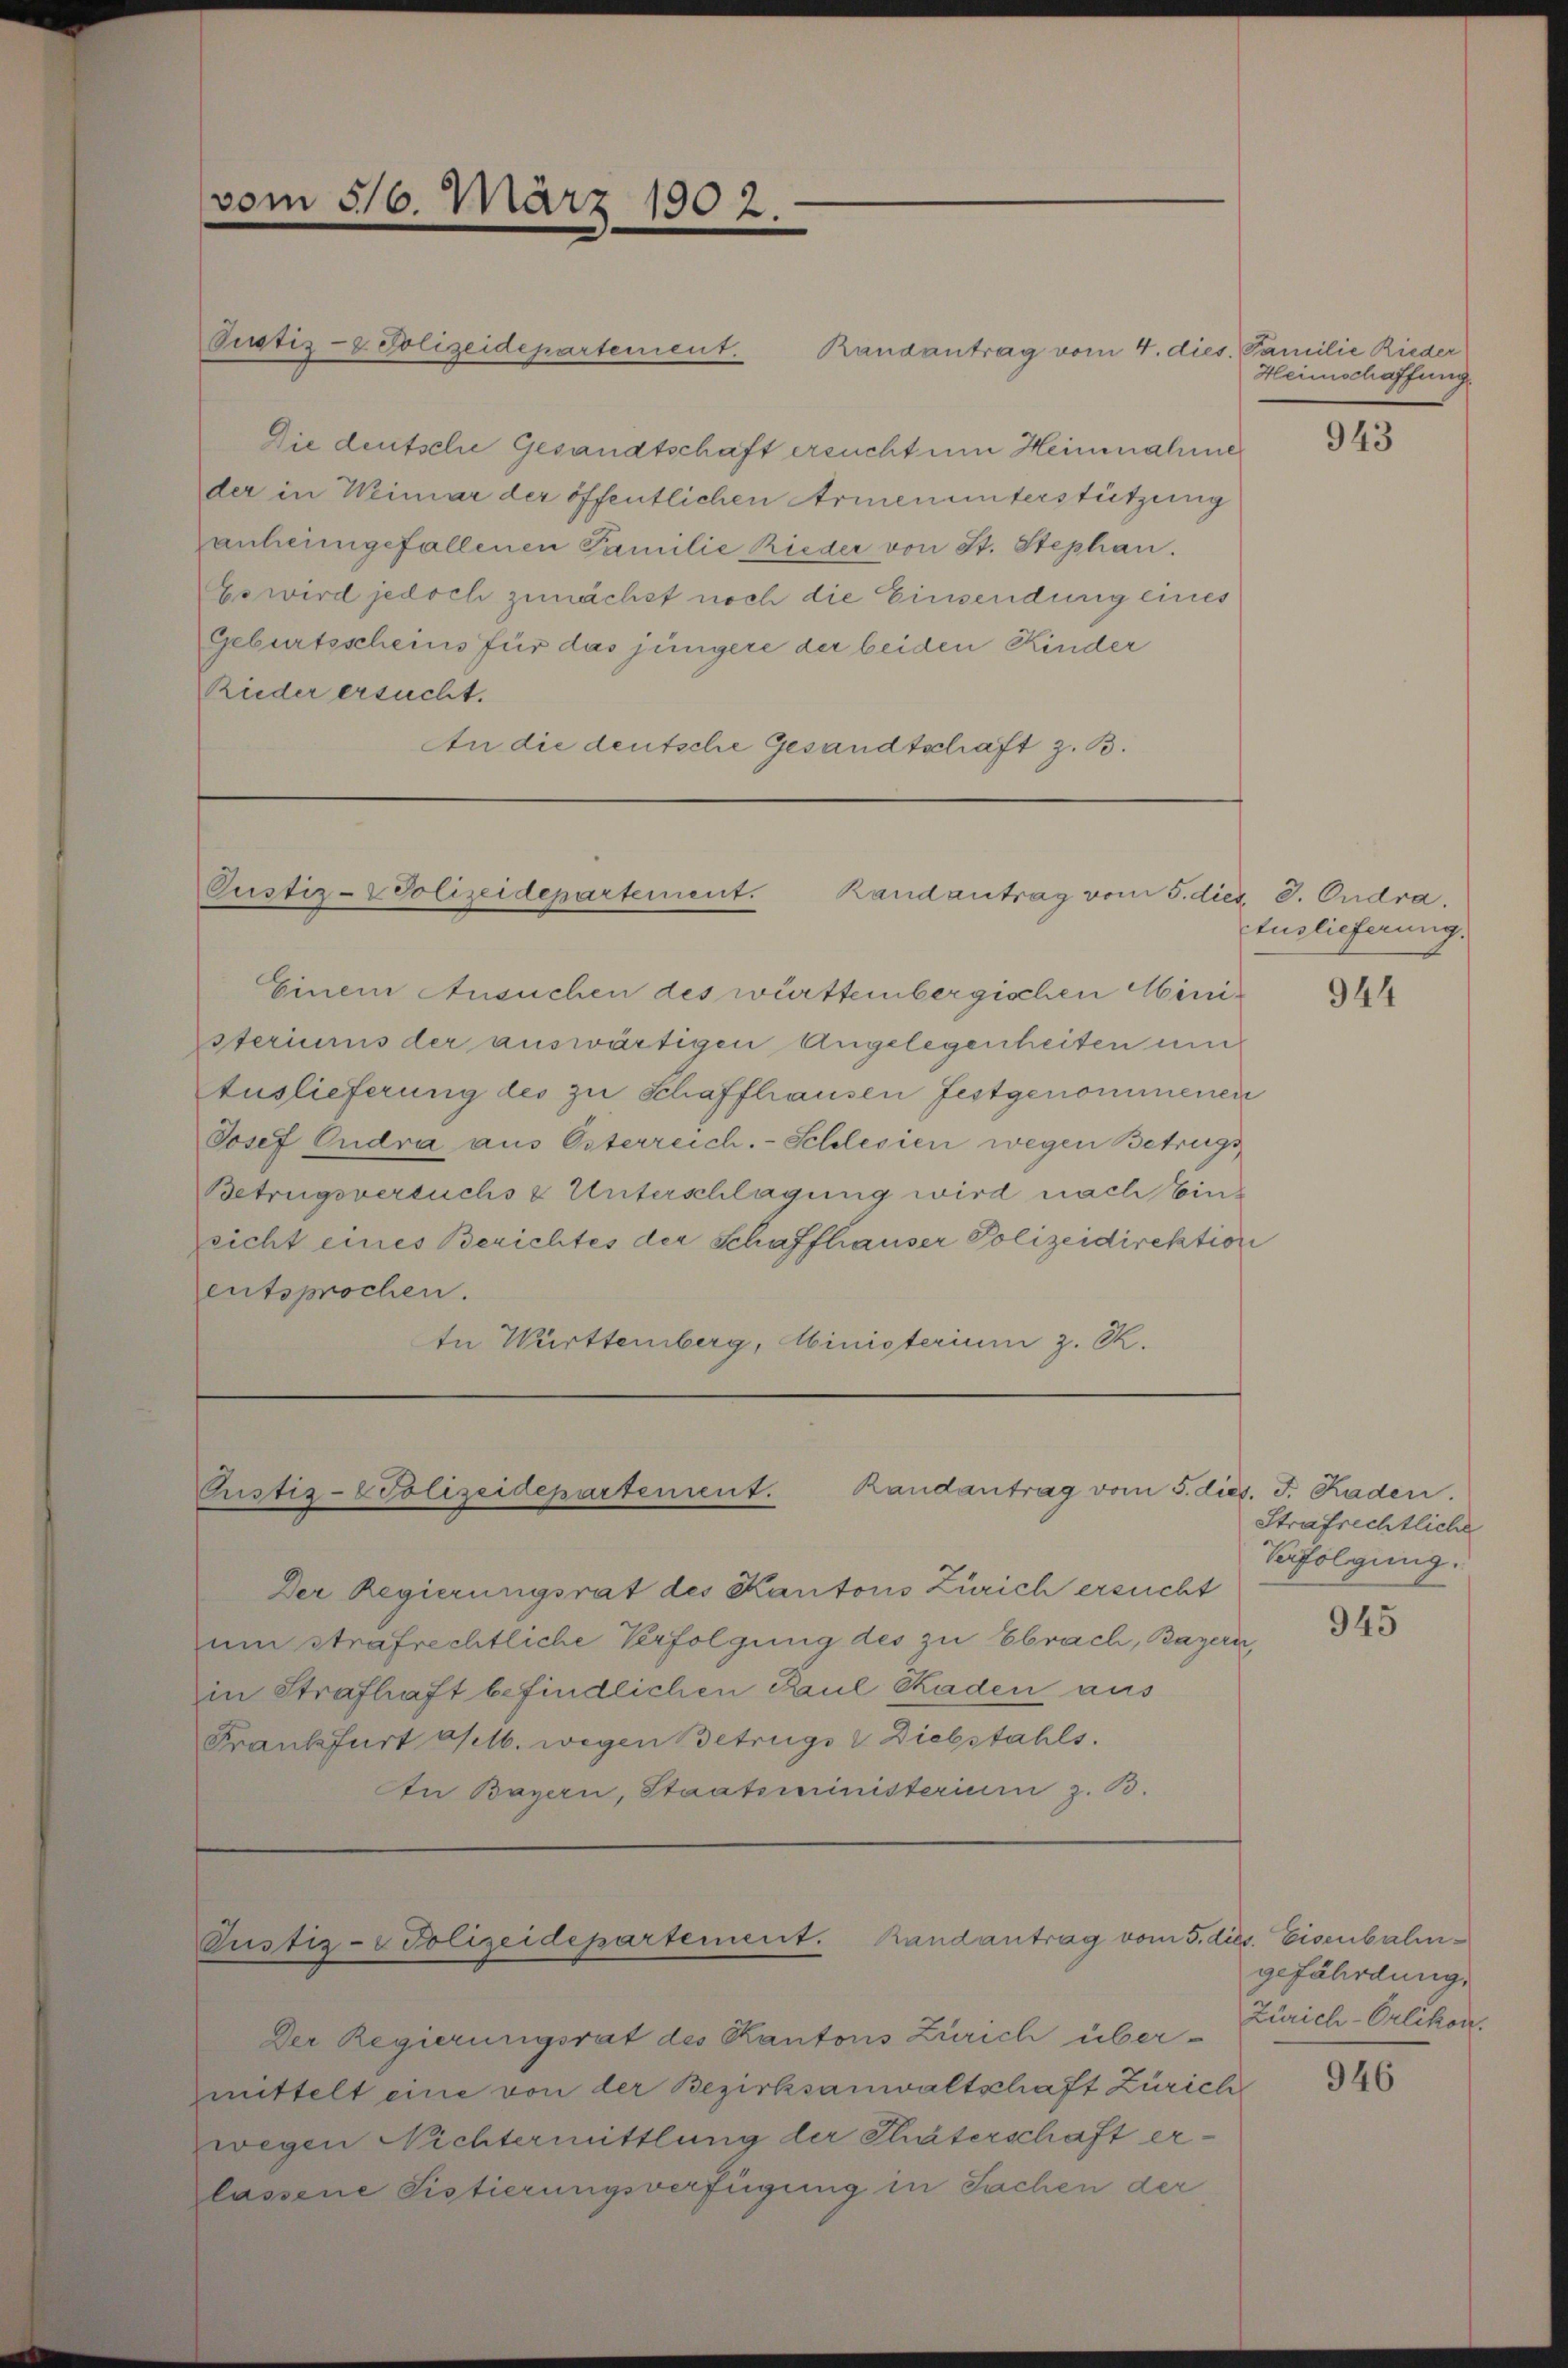
vom 516. März 1902.

Pustiz-Polizeidepartement. Randantrag vom 5. dies d. Oudra.

Pustiz- & Polizeidepartement. Randantrag vom 4. dies. Familie Rieder
Die deutsche Gesandtschaft ersucht um Heinnahme
der in Weimar der öffentlichen Armenunterstützung
anheimgefallenen Familie Rieder von St. Stephan.
Es wird jedoch zunächst noch die Einsendung eines
Geburtsscheins für das jüngere der beiden Kinder
Rieder ersucht.
An die deutsche Gesandtschaft z. B.

Einem Ansuchen des württembergischen Mini¬
Esteriums der auswärtigen Angelegenheiten um
Auslieferung des zu Schaffhausen festgenommenen
Josef Eudra aus Eiterreich.- Schlesien wegen Betrugs
Betrugsversuchs & Unterschlagung wird nach Einsicht eines Berichtes der Schaffhauser Polizeidirektion
entsprochen.
In Württemberg, Ministerium z. R.

Prustiz-Polizeidepartement. Randantrag vom 5. die

Pustiz-Polizeidepartement. Randantrag vom 5. dies. Eisenbahn¬

Der Regierungsrat des Kantons Zürich über - Zürich-Orlikon,
mittelt eine von der Bezirksanwaltschaft Zürich
wegen Nichtermittlung der Thäterschaft erlassene Fistierungsverfügung in Sachen der

Der Regierungsrat des Kantons Zürich ersucht
um strafrechtliche Verfolgung des zu Ebrach, Bayern,
in Strafhaft befindlichen Paul Raden aus
Frankfurt selb. wegen Betrüge & Diebstahls
An Bayern, Staatsministerium z. B.

Heimschaffung

943

Auslieferung.

944

v. J. Raden.
Strafrechtliche
Verfolgung.

945

gefährdung,

946